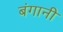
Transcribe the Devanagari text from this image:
बंगानी